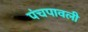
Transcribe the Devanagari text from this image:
पंचपावली